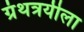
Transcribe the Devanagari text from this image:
ग्रंथत्रयीला